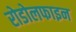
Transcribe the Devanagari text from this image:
रोडोलफाइन